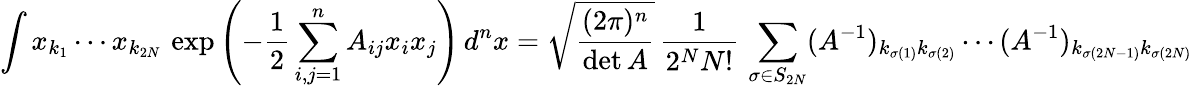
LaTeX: \int x_{k_{1}}\cdots x_{k_{2N}}\, \exp{\left(-{\frac{1}{2}}\sum_{i,j=1}^{n}A_{ij}x_{i}x_{j}\right)}\, d^{n}x={\sqrt{\frac{(2\pi)^{n}}{\operatorname*{det}A}}}\, {\frac{1}{2^{N}N!}}\, \sum_{\sigma\in S_{2N}}(A^{-1})_{k_{\sigma(1)}k_{\sigma(2)}}\cdots(A^{-1})_{k_{\sigma(2N-1)}k_{\sigma(2N)}}